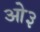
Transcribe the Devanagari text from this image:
ओ३